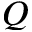
Q